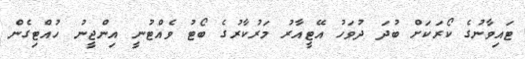
ޓައިވާނުގެ ކޯރަކަށް ބުދަ ދުވަހު އޭޓީއާރު މަރުކާރުގެ ބޯޓު ވެއްޓުނީ އިންޖީނު ހުއްޓިގެން